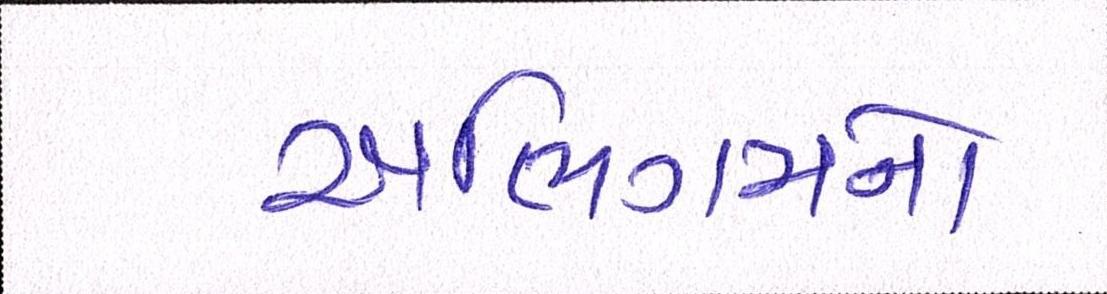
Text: અભિગમનો